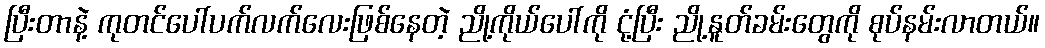
ပြီးတာနဲ့ ကုတင်ပေါ်ပက်လက်လေးဖြစ်နေတဲ့ ညို့ကိုယ်ပေါ်ကို ငုံ့ပြီး ညို့နူတ်ခမ်းတွေကို စုပ်နမ်းလာတယ်။